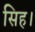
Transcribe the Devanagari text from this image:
सिह।